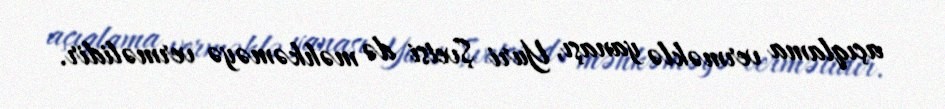
açıqlama verməklə yanaşı, Yuri Şvetsi də məhkəməyə verməlidir.